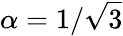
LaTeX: \alpha=1/\sqrt{3}